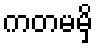
ကတမမှိ